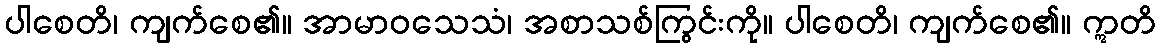
ပါစေတိ၊ ကျက်စေ၏။ အာမာဝသေသံ၊ အစာသစ်ကြွင်းကို။ ပါစေတိ၊ ကျက်စေ၏။ ဣတိ